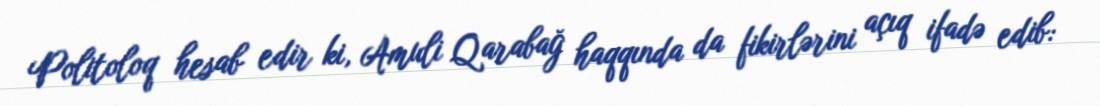
Politoloq hesab edir ki, Amuli Qarabağ haqqında da fikirlərini açıq ifadə edib: